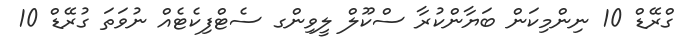
ގްރޭޑް 10 ނިންމިކަން ބަޔާންކުރާ ސްކޫލް ލީވިންގ ސެޓްފިކެޓެއް ނުވަތަ ގުރޭޑް 10